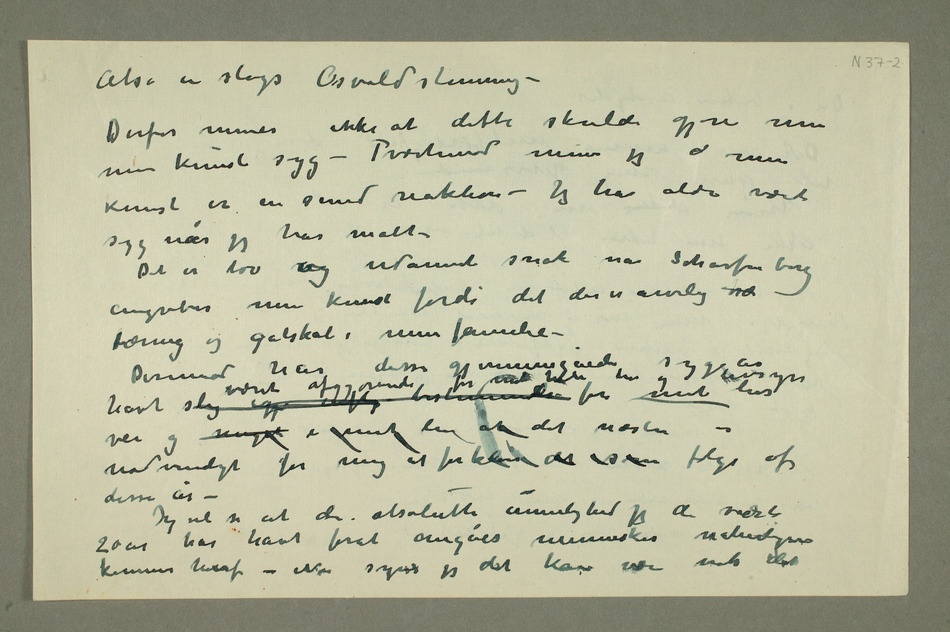
Altså en slags Osvaldstemning –
– Tværtimod mener jeg  min
Kunst er en sund reaktion – Jeg har aldri vært syg
har malt –
Det er tøv og udannet snak når Scharfenberg
tæring og galskab i min familie –
Derimod har disse gjennemgående syge år havt slig igj  bestemmelse været afgjørende for
vei og noget i mit liv at det næsten er
nødvendigt for mig at forklare det som følge af
disse år
Jeg vil si at den absolutte umulighed jeg de sidste
20 år har havt forat omgåes menesker naturligvis
kommer heraf – Nu synes jeg det kan være nok det